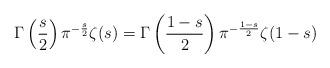
LaTeX: \begin{align*}\Gamma\left(\frac{s}{2}\right)\pi^{-\frac{s}{2}}\zeta(s) = \Gamma\left(\frac{1-s}{2}\right)\pi^{-\frac{1-s}{2}}\zeta(1-s)\end{align*}